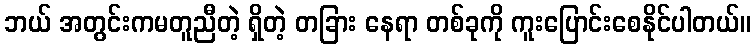
ဘယ် အတွင်းကမတူညီတဲ့ ရှိတဲ့ တခြား နေရာ တစ်ခုကို ကူးပြောင်းစေနိုင်ပါတယ်။